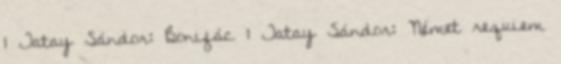
1 Tatay Sándor: Bonifác 1 Tatay Sándor: Német requiem